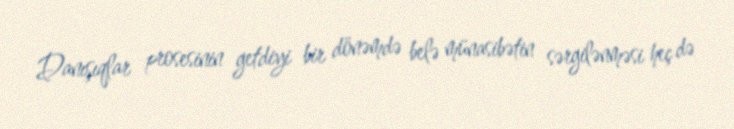
Danışıqlar prosesinin getdiyi bir dönəmdə belə münasibətin sərgilənməsi heç də